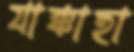
যাক্কাহা